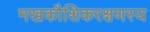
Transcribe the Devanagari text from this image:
मखकौशिकरक्षणस्य